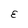
Character: E